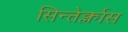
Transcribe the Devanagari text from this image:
सिन्तेर्क्लास